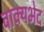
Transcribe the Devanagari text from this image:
वाक्यभेद